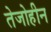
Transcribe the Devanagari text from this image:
तेजोहीन